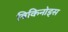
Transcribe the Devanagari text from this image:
विकिनोड्स